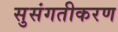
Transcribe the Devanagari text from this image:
सुसंगतीकरण